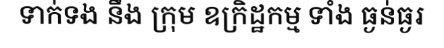
ទាក់ទង នឹង ក្រុម ឧក្រិដ្ឋកម្ម ទាំង ធ្ងន់ធ្ងរ